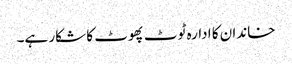
خاندان کا ادارہ ٹوٹ پھوٹ کا شکار ہے۔